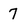
Character: 7